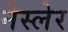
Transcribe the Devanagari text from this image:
नेस्लेर